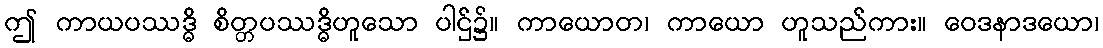
ဤ ကာယပဿဒ္ဓိ စိတ္တပဿဒ္ဓိဟူသော ပါဌ်၌။ ကာယောတ၊ ကာယော ဟူသည်ကား။ ဝေဒနာဒယော၊